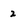
Character: 2